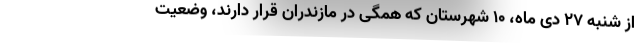
از شنبه ۲۷ دی ماه، ۱۰ شهرستان که همگی در مازندران قرار دارند، وضعیت